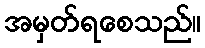
အမှတ်ရစေသည်။